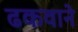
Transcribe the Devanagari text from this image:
ढकवाने